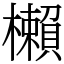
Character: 櫴